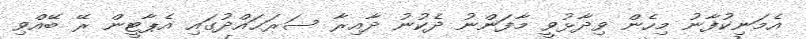
އެމަނިކުފާނު މިހެން ވިދާޅުވީ މާފަންނު ދެކުނު ދާއިރާ ސަރަޙައްދުގައި އެޕާޓީން ރޭ ބޭއްވި